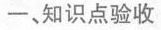
一、知识点验收